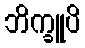
ဘိက္ခူပိ